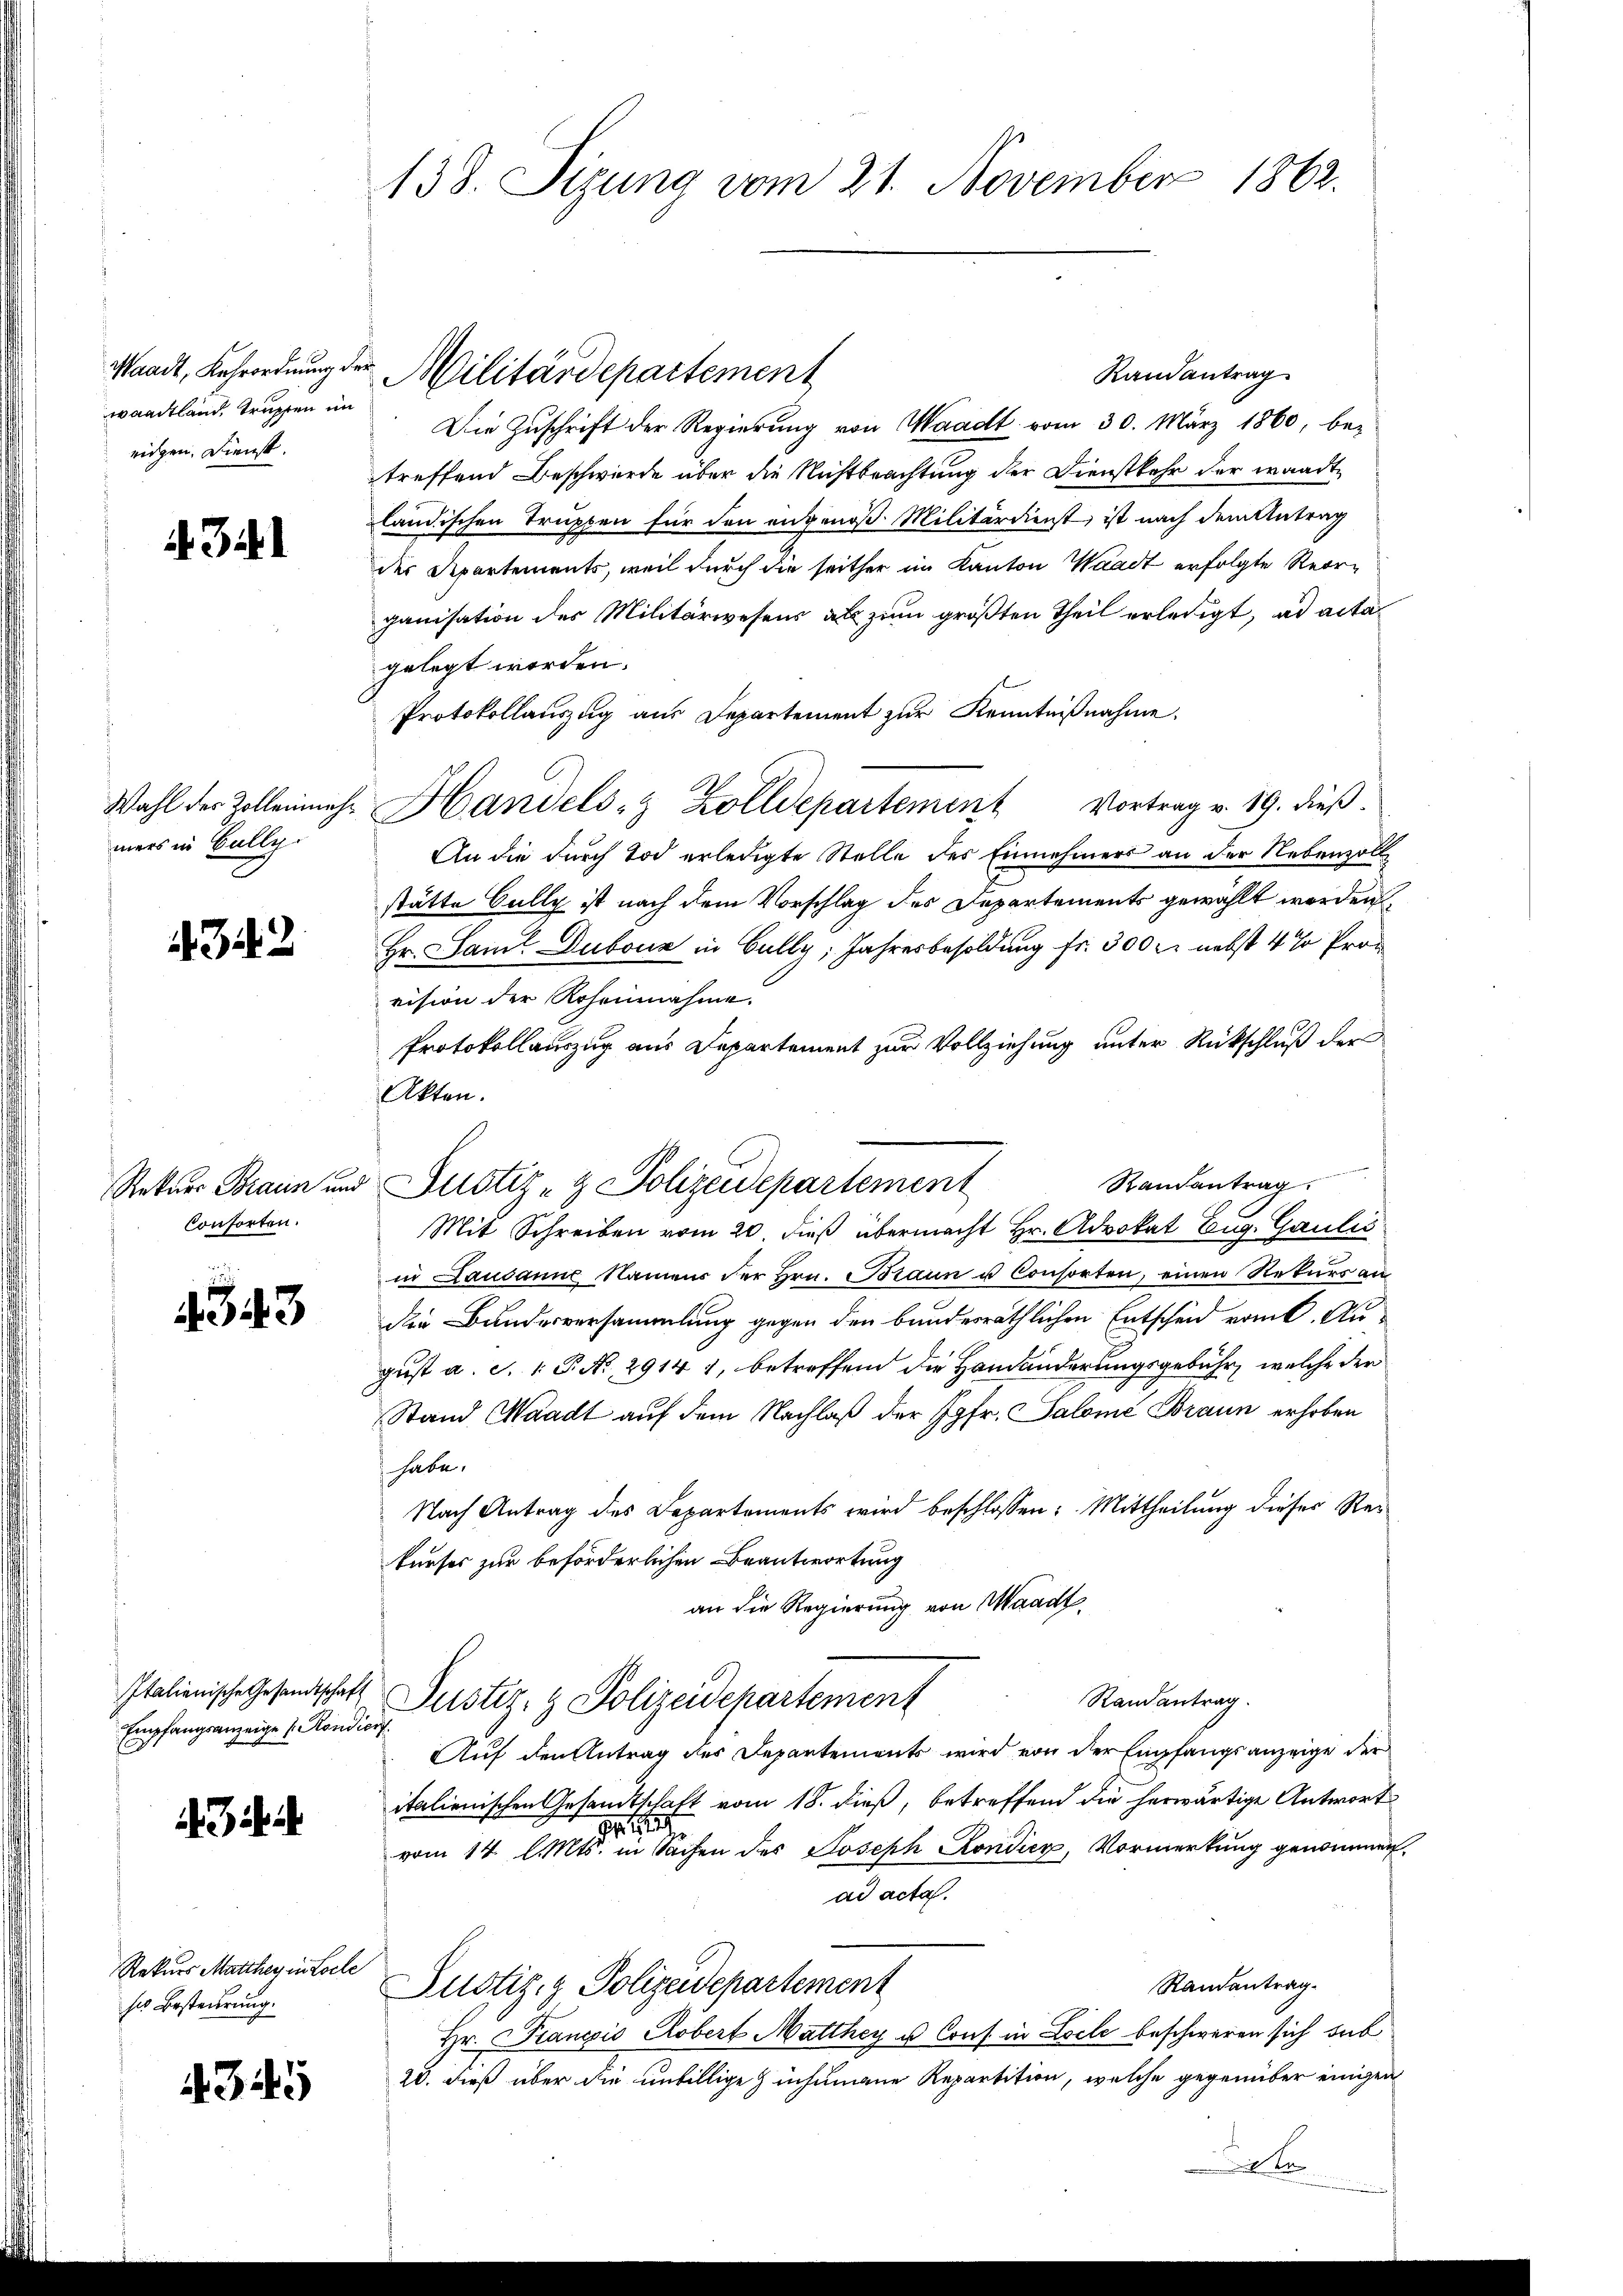
waadtland trupfen im
eichen. Dienst.

. 34.

mers in Bally

4342

Conforten.

343

Empfangsanzeige Kondicis.
Rekurs Marthey in Loche
so Besteurung.

i Bis i

4345

138. Sizung vom 21. November 1862.

Randantrag
Die Zŭschrift der Regierŭng von Waadt vom 30. März 1860, be-
treffend Beschwürde über die Nichtbeachtung der Dienstkehr der waadt
ländischen Truppen für den angenoß Militärdienst ist nach dem Antrag
der Departements, weil durch die seither im Kanton Waadt erfolgte Reorganisation des Militärwesens als zum größten Theil erledigt, ad actagelegt worden.
Protokollauszug aus Departement zur Kenntnißnahme.
Wahl der Zollenmehr Handels- & Zolldepartement Vortrag v. 19. dieβ.
An die durch Tod erledigte Stelle des Einnehmers an der Nebenzoll
stätte Gully ist nach dem Vorschlag des Departements gewählt werden,
Hr. Saml Dubour in Gully, Jahresbesoldung fr. 300 r. nebst 4 % Provision der Roheinnahme.
Protokollauszug aus Departement zur Vollziehung unter Rückschluß der
Akten.
Mit Schreiben vom 20. dieß übermacht Hr. Advokat Eug. Gaulis
u Lausanne Namens der Hrn. Braun u Consorten, einen Rekurs an
die Bundesversammlung gegen den bundesräthlichen Entscheid vom 6. August a. d. 1. P. Nr. 29141, betreffend die Handänderungsgebühr, welche der
Stand Waadt auf dem Nachlaß der Jgfr. Salome Braun erhoben
habe.
Nach Antrag des Departements wird beschlossen: Mittheilung dieser Re-
kurses zur beförderlichen Beantwortung
an die Regierung von Waadt,
Italienische Gesandtschaft Justiz- & Polizeidchartement
Randantrag.
Auf den Antrag des Departements wird von der Empfangsanzeige der
italienischen Gesandtschaft vom 18. dieß, betreffend die herwärtige Antwort
gethe
vom 14. l. Mts. in Sachen des Joseph Kondier, Vormerkung genommen,
ad acta.
Randantrag.
Zustiz- & Polizeidepartement
Hr. Prancois Robert Matthey u. Cons. in Loche beschweren sich sub
20. dieß über die unbillige Zinhumane Repartition, welche gegenüber einigen

saadt, Kehrordnung der Militärdepartement

Randantrag.
Rekurs Braun und Justiz- & Polizeidepartement

Ste